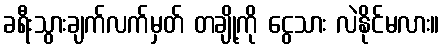
ခရီးသွားချက်လက်မှတ် တချို့ကို ငွေသား လဲနိုင်မလား။